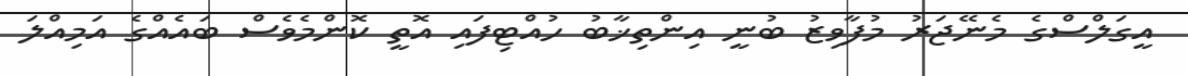
އީގަލްސްގެ މެނޭޖަރު މުފާވިޒު ބުނީ އިންތިޚާބު ހުއްޓިފައި އޮތީ ކޮންމެވެސް ބައެއްގެ އަމިއްލަ